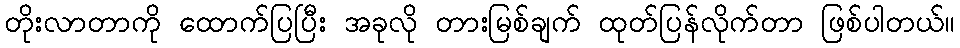
တိုးလာတာကို ထောက်ပြပြီး အခုလို တားမြစ်ချက် ထုတ်ပြန်လိုက်တာ ဖြစ်ပါတယ်။